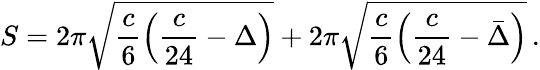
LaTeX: S=2\pi\sqrt{\frac c6\left(\frac{c}{24}-\Delta\right)}+2\pi\sqrt{\frac c6\left(\frac{c}{24}-\bar{\Delta}\right)}\, .